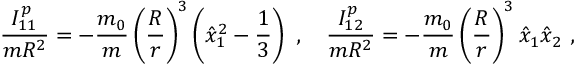
\frac { I _ { 1 1 } ^ { p } } { m R ^ { 2 } } = - \frac { m _ { 0 } } { m } \left( \frac { R } { r } \right) ^ { 3 } \left( \hat { x } _ { 1 } ^ { 2 } - \frac { 1 } { 3 } \right) \ , \quad \frac { I _ { 1 2 } ^ { p } } { m R ^ { 2 } } = - \frac { m _ { 0 } } { m } \left( \frac { R } { r } \right) ^ { 3 } \hat { x } _ { 1 } \hat { x } _ { 2 } \ ,